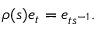
\rho ( s ) e _ { t } = e _ { t s ^ { - 1 } } .